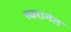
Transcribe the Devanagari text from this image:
स्वरानंत